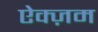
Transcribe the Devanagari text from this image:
ऐक्ज़म